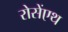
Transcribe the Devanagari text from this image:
रोसेंएथ